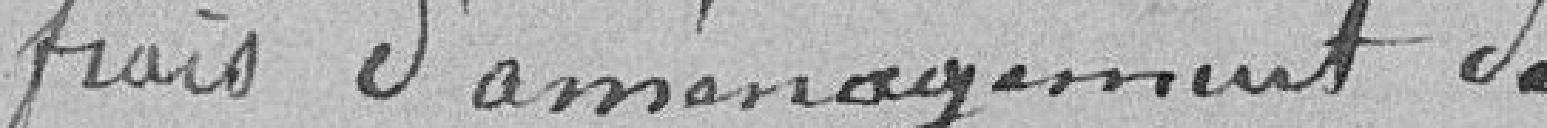
frais d'aménagement de